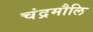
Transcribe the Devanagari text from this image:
चंद्रमौलि